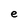
Character: e